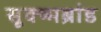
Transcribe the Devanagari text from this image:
सूक्ष्मब्रांड